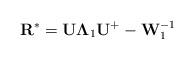
LaTeX: \begin{align*}{\rm {\bf R}}^\ast ={\rm {\bf U\Lambda }}_1 {\rm {\bf U}}^+-{\rm {\bf W}}_1^{-1}\end{align*}